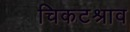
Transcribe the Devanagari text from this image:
चिकटश्राव